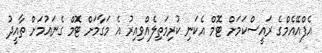
އެފްއޭއެމްގެ ރައީސްކަމަށް ޓޮމް އެކަނި ކުރިމަތިލެއްވިއިރު އެ މަގާމަށް ޓޮމް ގެނައުމަށް ތާއީދު